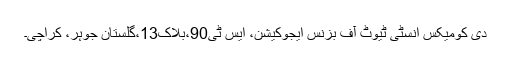
دی کومیکس انسٹی ٹیوٹ آف بزنس ایجوکیشن، ایس ٹی90،بلاک13،گلستان جوہر، کراچی۔